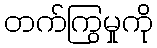
တက်ကြွမှုကို